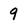
Character: 9